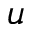
u